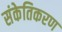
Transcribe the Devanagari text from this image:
संकेतिकरण